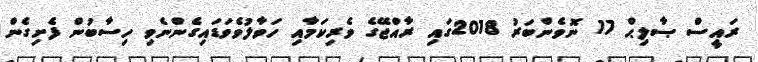
ރައީސް ޞާލިޙް 17 ނޮވެންބަރު 2018ގައި ރާއްޖޭގެ ވެރިކަމާއި ހަވާލުވެވަޑައިގެންނެވި ހިސާބުން ފެށިގެން